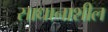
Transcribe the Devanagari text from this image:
साधानाशील